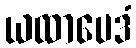
ယထာပေဒံ